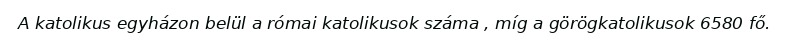
A katolikus egyházon belül a római katolikusok száma , míg a görögkatolikusok 6580 fő.